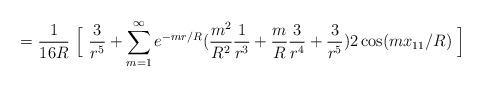
LaTeX: \begin{align*}= \frac{1}{16 R} \ \Big[ \ \frac{3}{ r^5} + \sum^{\infty}_{m=1} e^{-mr/R} (\frac{m^2}{R^2} \frac{1}{ r^3} + \frac{m}{R} \frac{3}{ r^4} + \frac{3}{r^5} ) 2 \cos (mx_{11}/R)~ \Big] \end{align*}